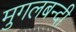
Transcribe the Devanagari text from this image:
मुगलबन्दी